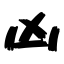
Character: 凶